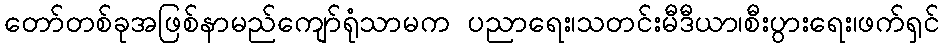
တော်တစ်ခုအဖြစ်နာမည်ကျော်ရုံသာမက ပညာရေး၊သတင်းမီဒီယာ၊စီးပွားရေး၊ဖက်ရှင်